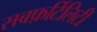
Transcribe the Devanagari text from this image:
सबफ़र्टिलिटी